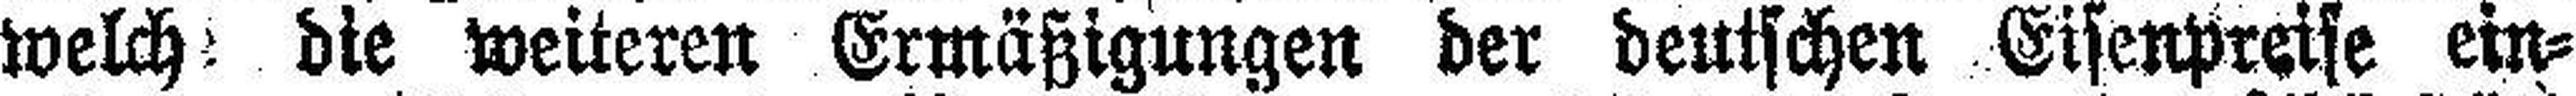
welch die weiteren Ermäßigungen der deutschen Eisenpreise ein¬